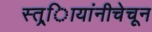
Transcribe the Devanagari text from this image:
स्त्र्िायांनीचेचून